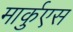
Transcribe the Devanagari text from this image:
मार्कुएस